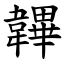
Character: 韠